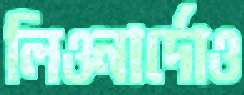
লিওনার্দোও